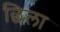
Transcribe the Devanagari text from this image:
छिला